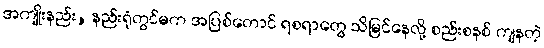
အကျိုးနည်း, နည်းရုံတွင်မက အပြစ်တောင် ရစရာတွေ သိမြင်နေလို့ စည်းစနစ် ကျနတဲ့